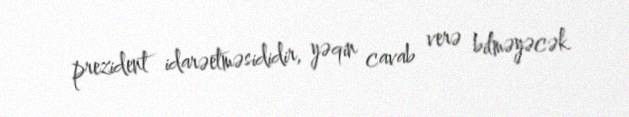
prezident idarəetməsididir, yəqin cavab verə bilməyəcək.